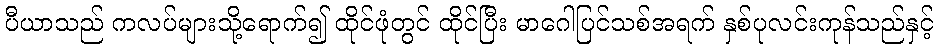
ပီယာသည် ကလပ်များသို့ရောက်၍ ထိုင်ဖုံတွင် ထိုင်ပြီး မာဂေါပြင်သစ်အရက် နှစ်ပုလင်းကုန်သည်နှင့်